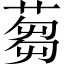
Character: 蒭